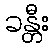
ခန္တီး